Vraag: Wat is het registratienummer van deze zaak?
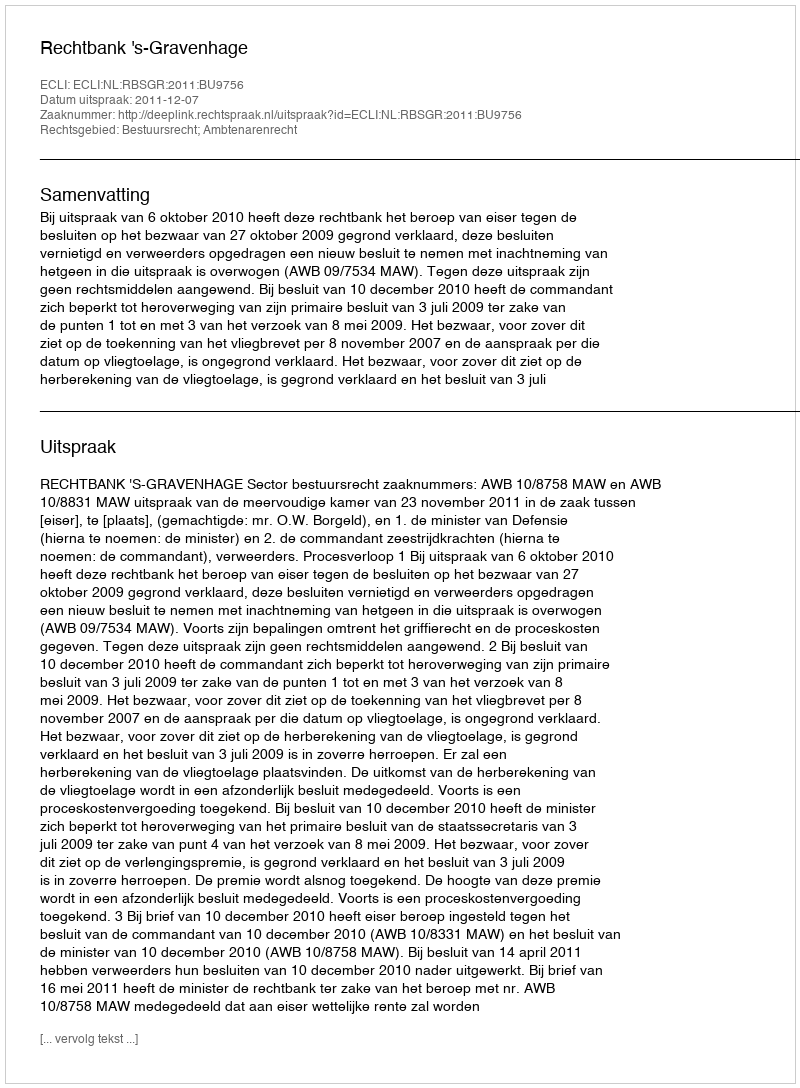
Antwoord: http://deeplink.rechtspraak.nl/uitspraak?id=ECLI:NL:RBSGR:2011:BU9756